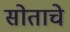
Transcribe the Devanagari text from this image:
सोताचे